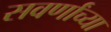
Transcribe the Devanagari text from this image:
सवर्णांच्या